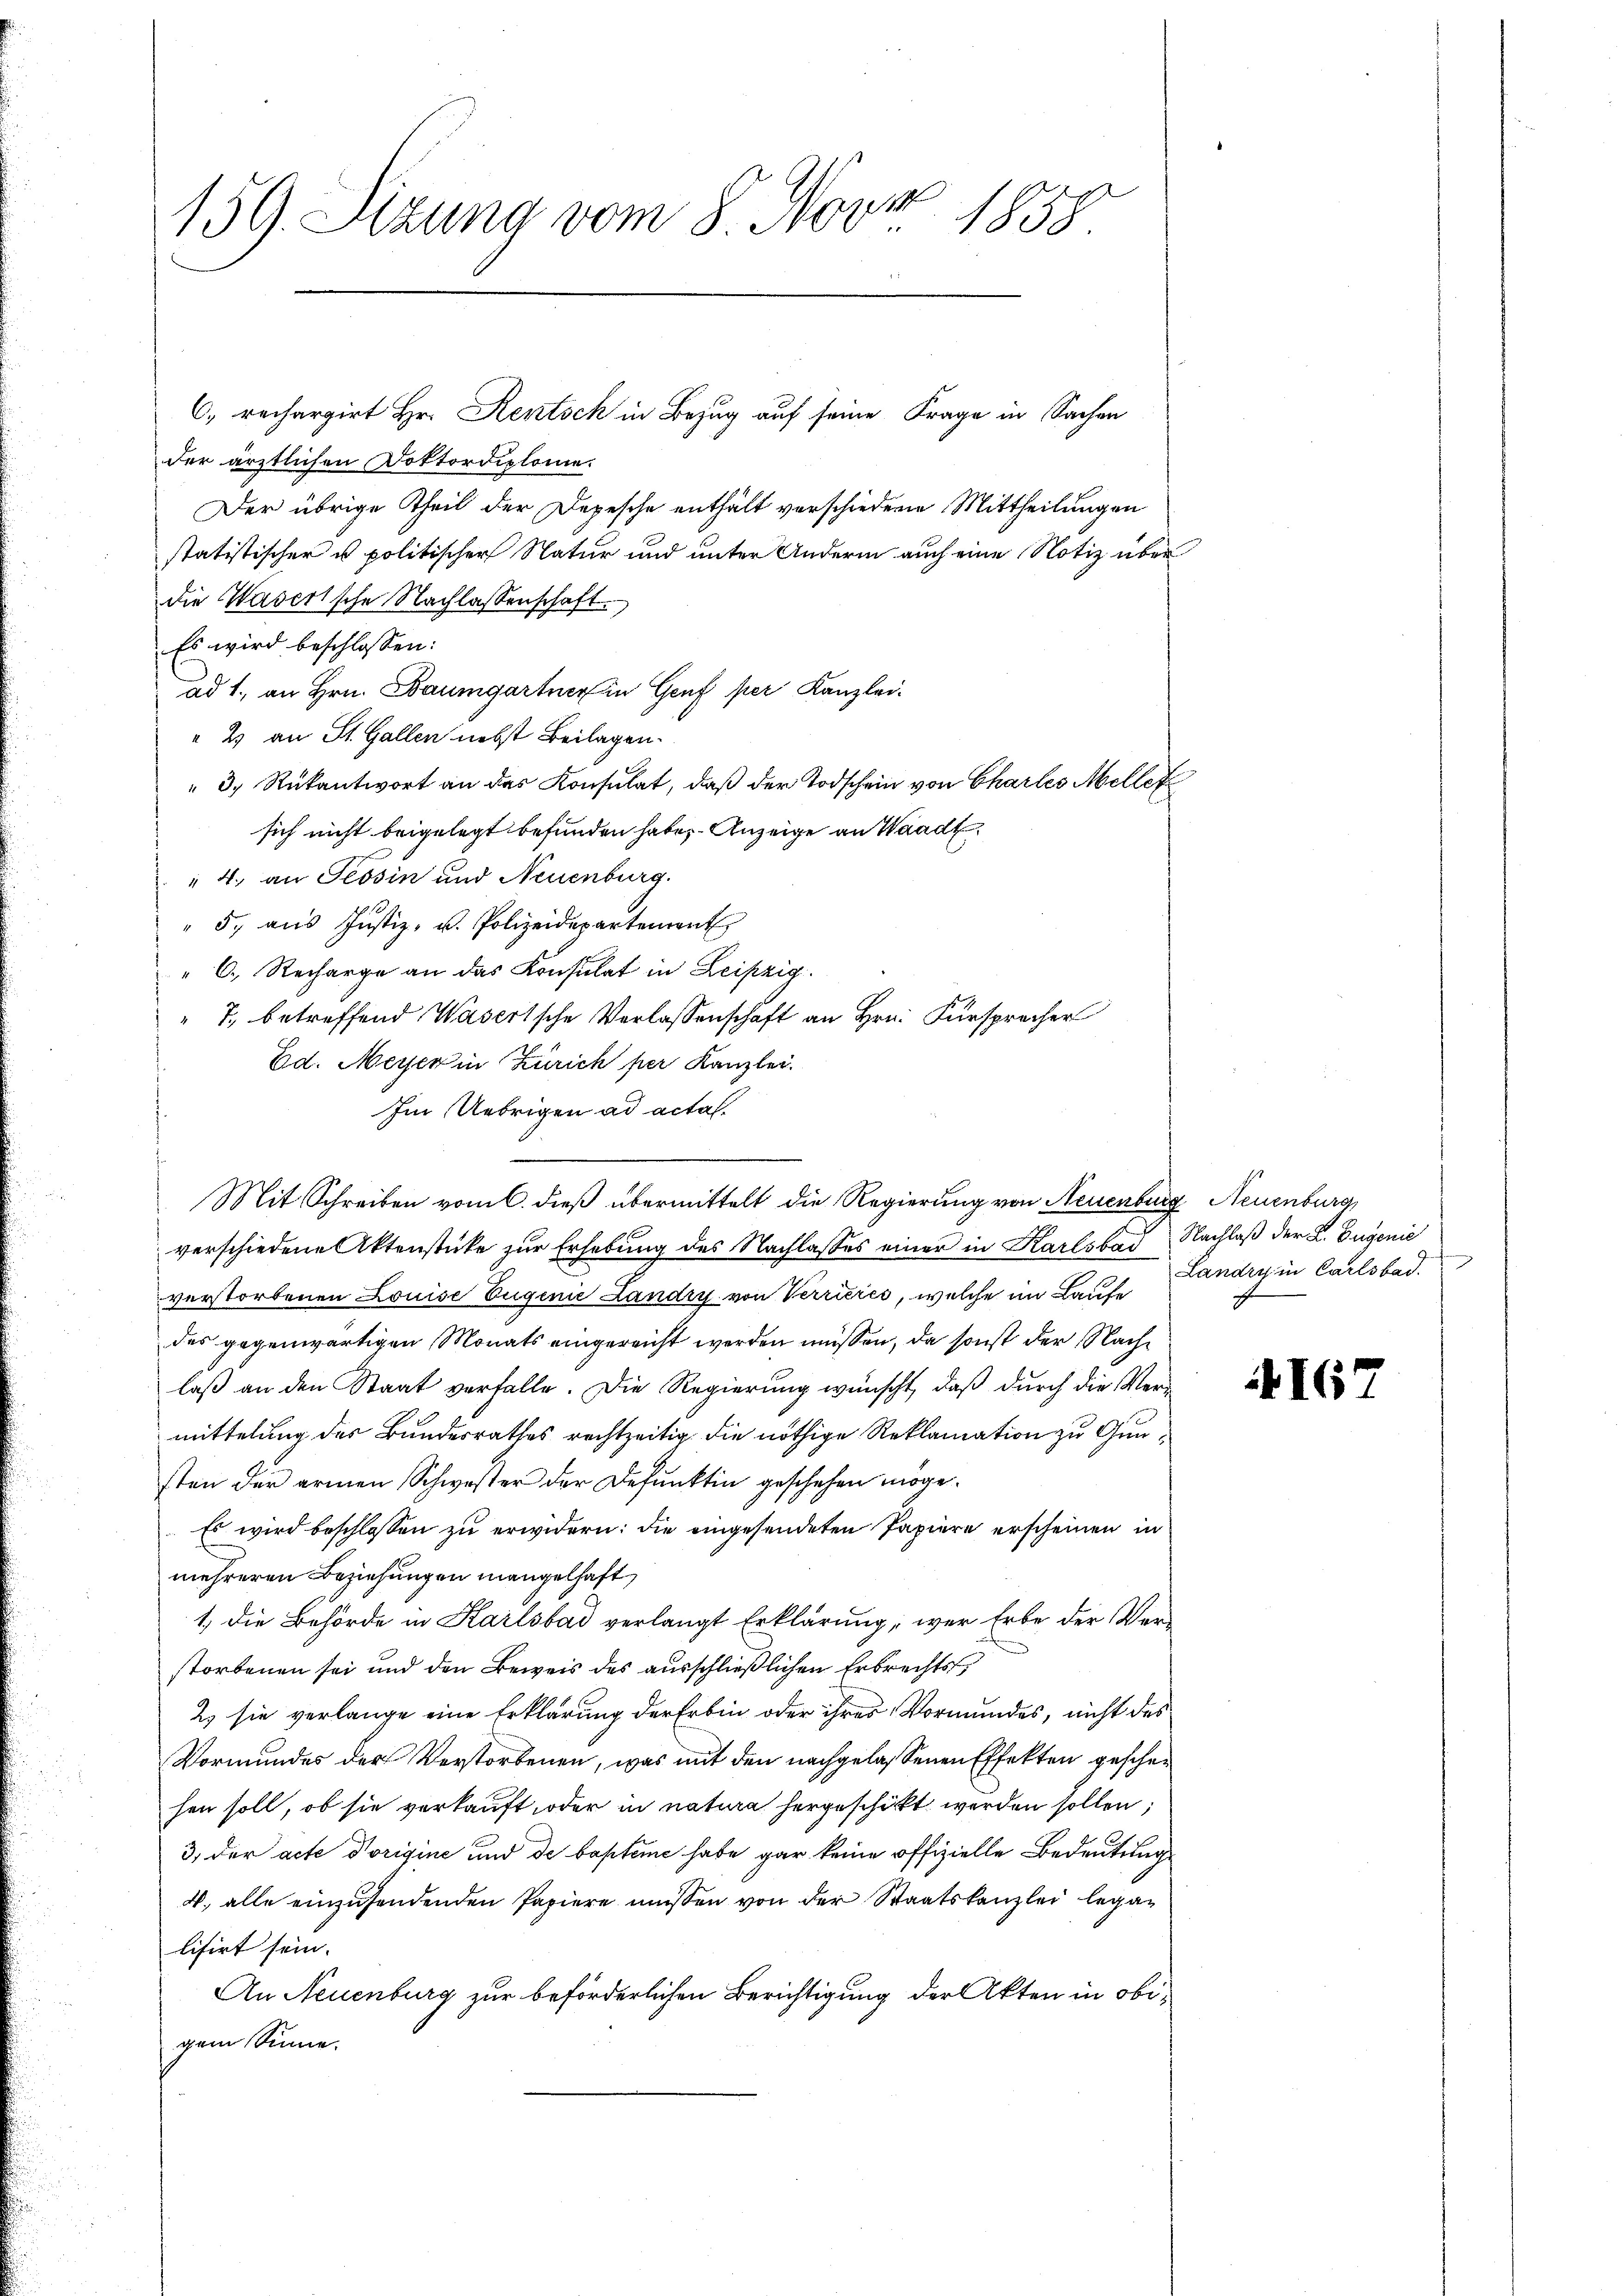
1
159. Sitzung vom 8. Nov. 1858.

C. rechargirt Hr. Rentsch in Bezug auf seine Frage in Sachen
der ärztlichen Doktordiplome.
Der übrige Theil der Depesche enthält verschiedene Mittheilungen
statistischer u. politischer Natur und unter Andern auch eine Notiz über
die Waserische Nachlassenschaft.
Es wird beschlossen:
ad 1., an Hrn. Baumgartner in Genf per Kanzlei-
" 2 an St. Gallen nebst Beilagen.
3. Rükantwort an das Konsulat, daß der Todschein von Charles Meller
sich nicht beigelegt befunden habe, Anzeige an Waadt,
" 4. an Tessin und Neuenburg.
" 5. aŭs Justiz- u. Polizeidepartement
" 6. Recharge an das Konsulat in Leipzig.
" T. betreffend Wasertsche Verlassenschaft an Hrn. Fürsprecher
Ed. Meyer in Zürich per Kanzlei.
Im Uebrigen ad acta.
verschiedene Aktenstücke zur Erhebung des Nachlasses einer in Karlsbad Nachlaß der L. Eugenie
verstorbenen Louise Eugenie Landry von Verrieres, welche im Laufe
des gegenwärtigen Monats eingereicht werden müssen, da sonst der Nachlaß an den Staat verfalle. Die Regierung wünscht, daß durch die Vermittelung des Bundesrathes rechtzeitig die nöthige Reklamation zu Gunsten der armen Schwester der Befunktin geschehen möge.
Es wird beschlossen zu erwidern: die eingesendeten Papiere erscheinen in
mehreren Beziehungen mangelhaft
1.) Die Behörde in Karlsbad verlangt Erklärung, wer Erbe der Verstorbenen sei und den Beweis des ausschließlichen Erbrechts
2) sie verlange eine Erklärung der Erbin oder ihres Vormundes, nicht des
Vormundes der Verstorbenen, was mit den nachgelassenen Effekten geschen
hen soll, ob sie verkauft oder in natura hergeschickt werden sollen;
3) der acte Vorigine und de bapteme habe gar keine offizielle Bedeutungs
V. alle einzusendenden Papiere müssen von der Staatskanzlei legan
lisirt sein.
An Neuenburg zur beförderlichen Berichtigung der Akten in obigem Sinne.

Mit Schreiben vom 6. dieß übermittelt die Regierung von Neuenburg, Neuenburg

Landry in Carlsbad.

416